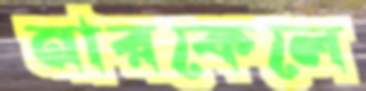
নারকেলে